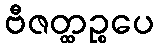
ဗီဇတ္ထဉ္စပေ